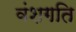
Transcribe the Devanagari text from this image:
वंशगति